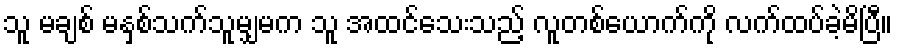
သူ မချစ် မနှစ်သက်သူမျှမက သူ အထင်သေးသည့် လူတစ်ယောက်ကို လက်ထပ်ခဲ့မိပြီ။